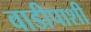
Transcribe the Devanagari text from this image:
वाडीपाशी